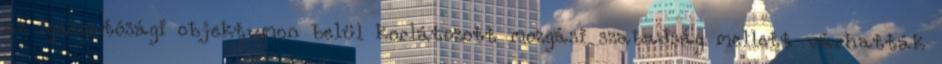
az igazgatósági objektumon belül korlátozott mozgási szabadság mellett várhatták